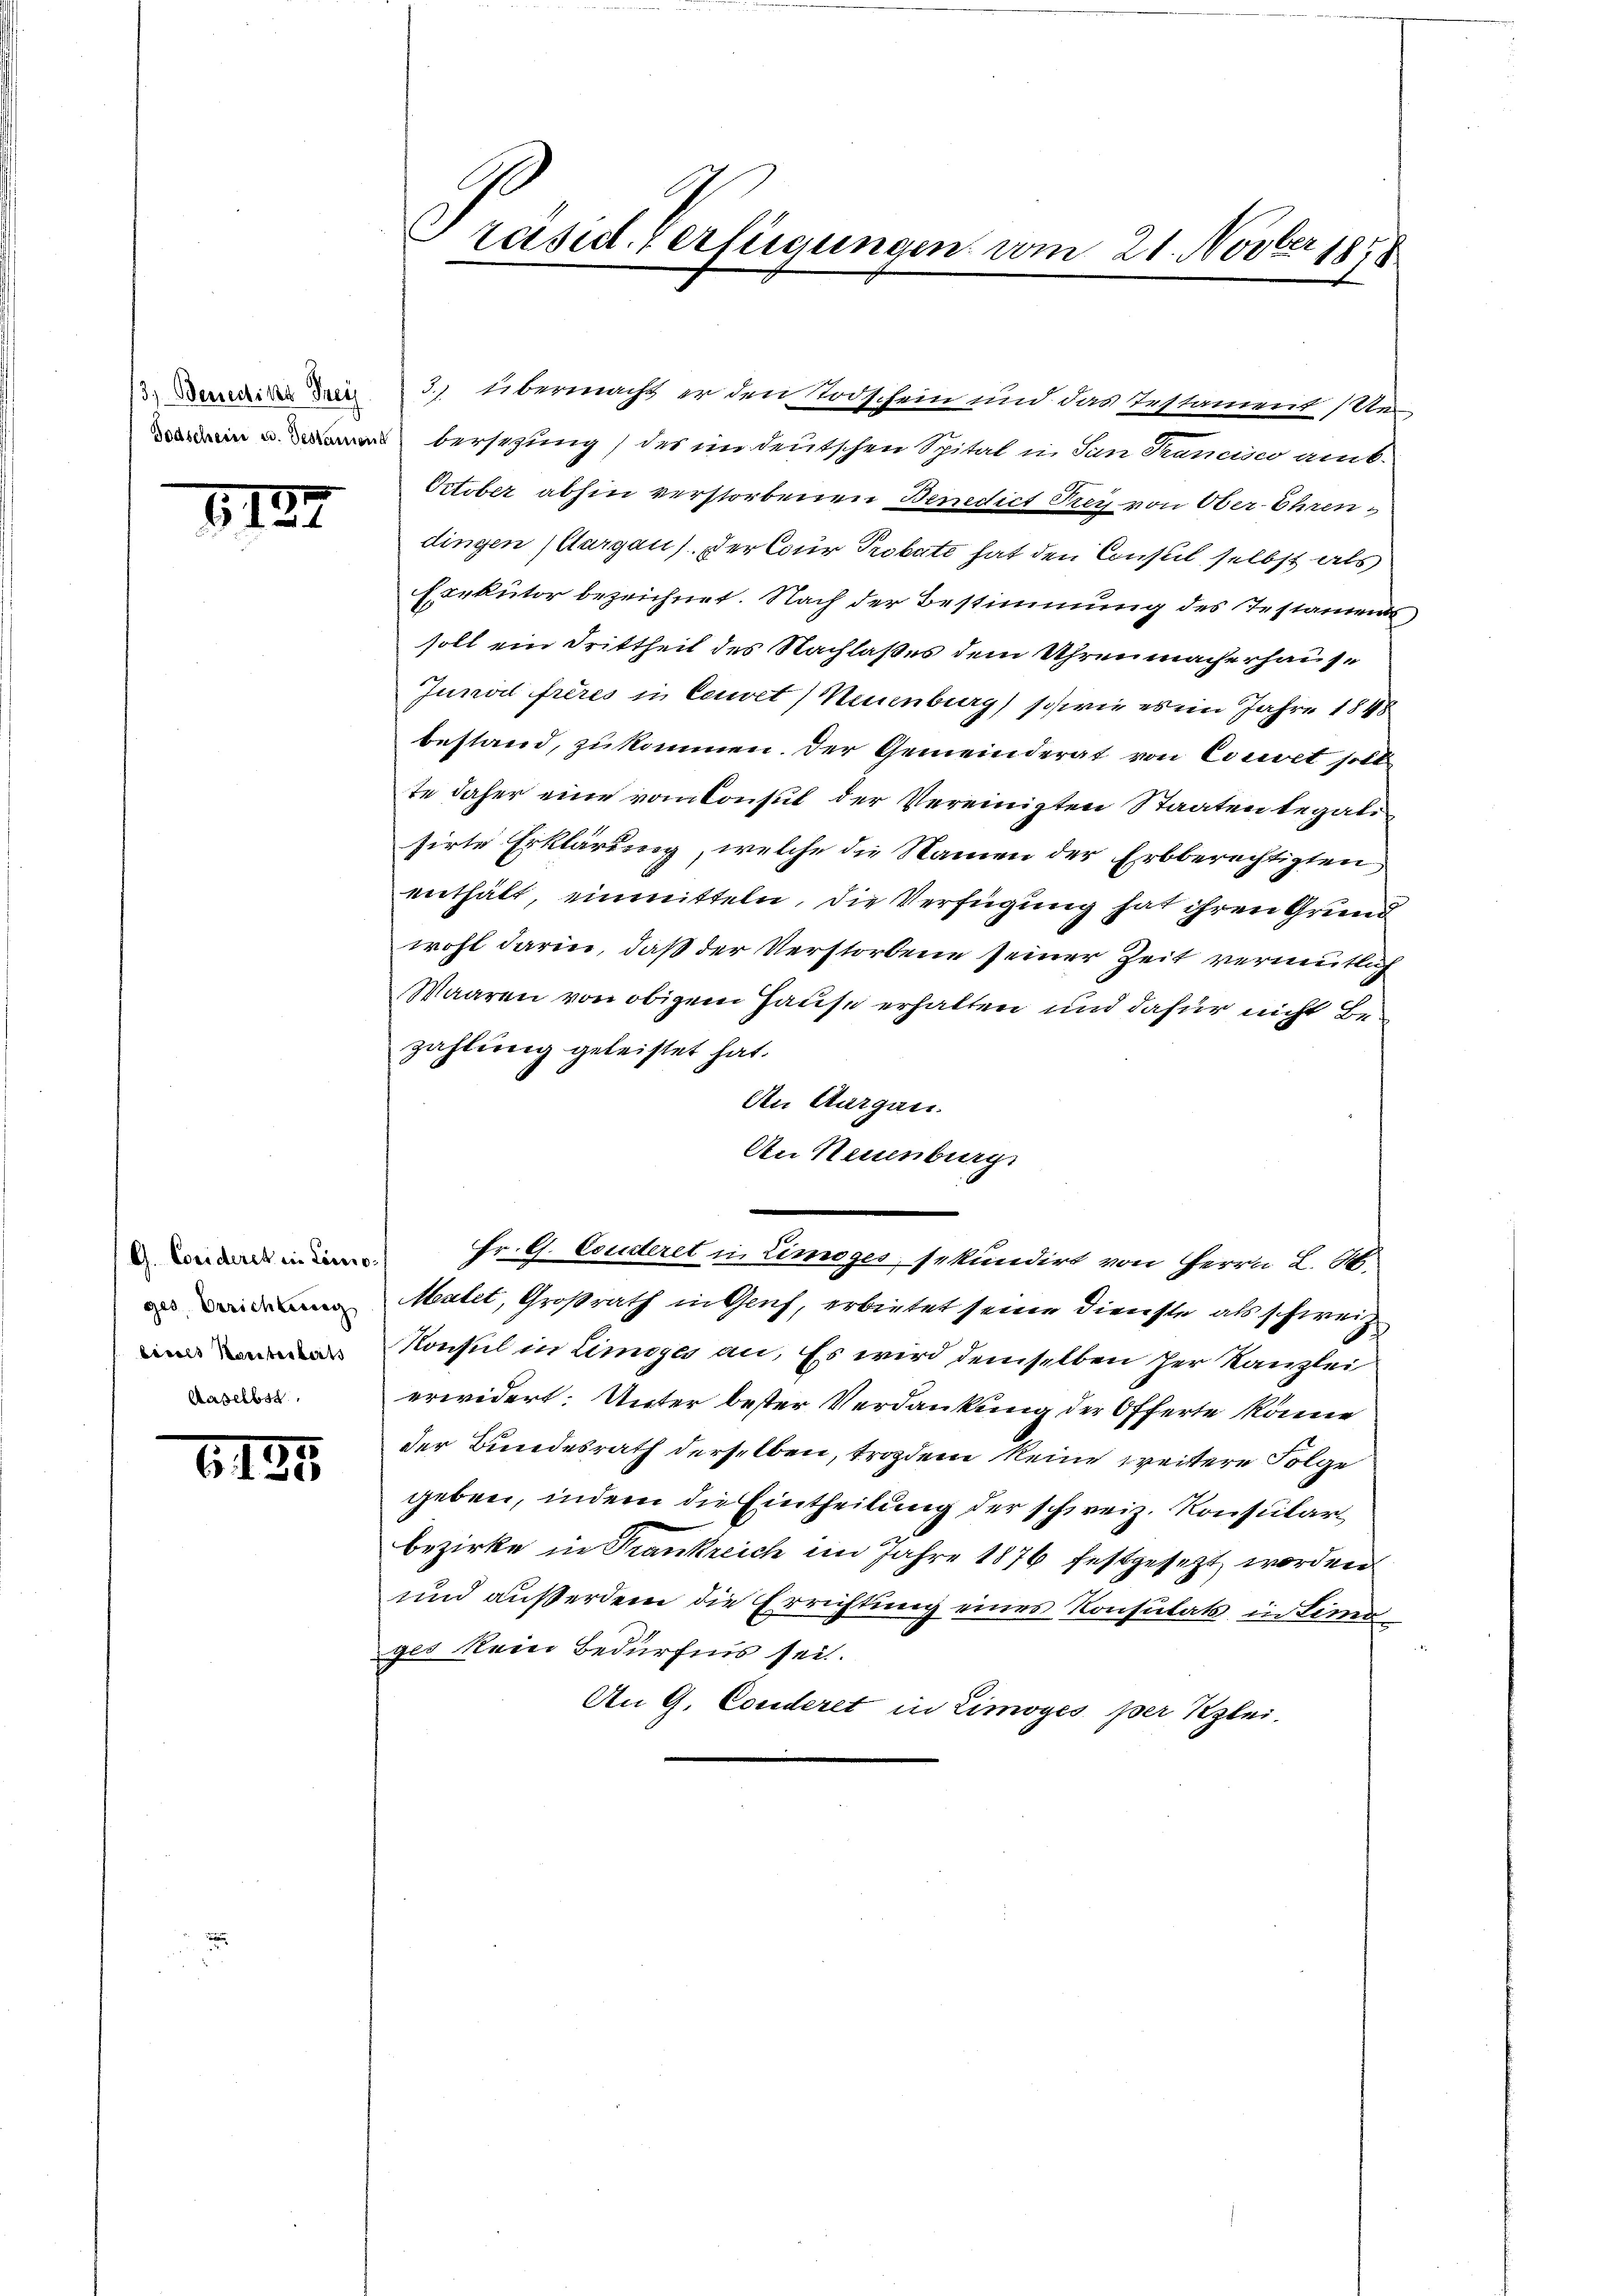
13. Benediker Frei

1129

G. Corideres in Como-
ges Errichterceg
lisels Karterbels
Aaselbst

124

Präsid. Verfügungen vom 21. Novber 1858

3.) übermacht er den Todschein und das Testamens 122
bersezung) des in deutschen Spital in San Francisco amb.
October abhin verstorbenen Benedict Frey von Ober-Ehrendingen (Aargau). Der Cour Probati hat den Consul selbst als
Exekutor bezeichnet. Nach der Bestimmung des Testaments
soll ein Drittheil des Nachlaßes dem Uhrenmacherhause
Junii frères in Couvet) Neuenburg) schwie es ein Jahre 1848
bestand, zukommen. Der Gemeinderat von Cociret soll
te daher eine vom Consul der Vereinigten Staaten legali
sirte Erklärung, welche die Namen der Erbberechtigten
enthält, einmitteln, die Verfügung hat ihren Grund
wohl darin, daß der Verstorbene seiner Zeit vermutlich
Waaren von obigem Hause erhalten und dafür nicht Bezahlung geleistet hat.
An Aargau.
An Neuenburg.
Hr. G. Couideret in Limoges sekundirt von Herrn L. M
Malet, Großrath in Gruf, erbietet seine Dienste als schweiz
Konsul in Limoges an. Es wird demselben her Kanzlei
erwidert: Unter bester Verdankung der Offerte könne
der Bundesrath derselben, trozdem keine weitere Folge
geben, indem die Eintheilung der schweiz. Konsularbezirke in Frankreich im Jahre 1876 festgesetzt worden
und außerdem die Errichtung eines Konsulats in Limo
ges kein Bedürfnis sei.
An G. Conderet in Limoyés per Klei¬